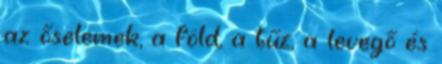
az őselemek, a föld, a tűz, a levegő és